Medical and sanitary report of the native army of Bengal for the year
Year: 1875
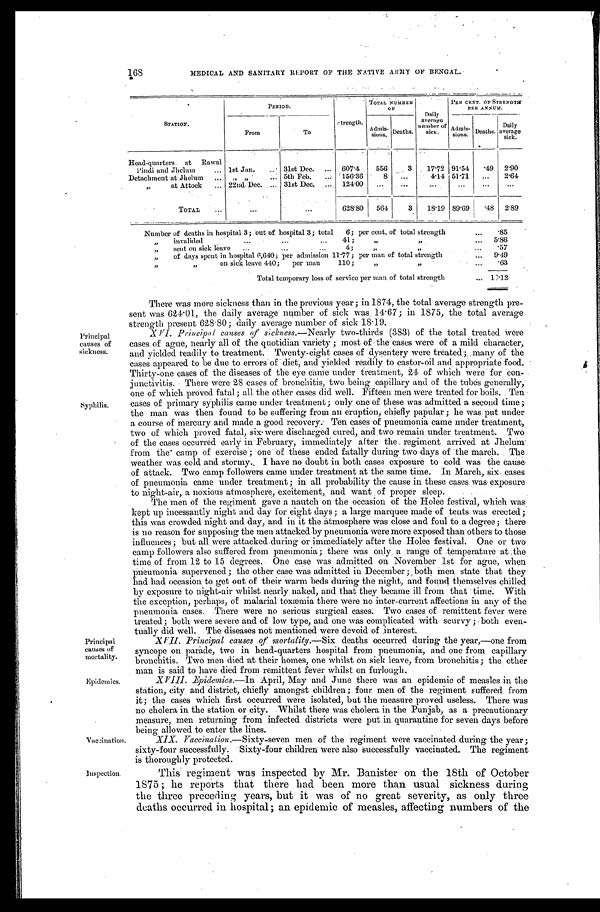
Principal
causes of
mortality.
Epidemics
168
MEDICAL AND SANITARY REPORT OF THE NATIVE ARMY OF BENGAL.
PERIOD.
S t r e n g t h .
TOTAL NUMBER
OF
Daily
average
number of
s i c k .
PER CENT. OF STRENGTH
PER ANNUM.
STATION.
From
To
Admis-
s i o n s . Deaths.
A d m i s s i o n s .
Deaths.
Daily
average
sick.
Head-quarters at Rawal
Pindi and Jhelum
... 1st Jan.
...
31st Dec.
...
607.4
556
3
17.72 91.54
.49 2.90
Detachment at Jhelum
...
„ „
... 5th Feb.
...
156.36
8
...
4.14 51.71
...
2.64
' ' a t A t t o c k ... 22nd.Dec. ... 31st Dec. ... 124.00
...
... ... ... ... ...
TOTAL
...
...
...
628.80
5 6 4
3
18.19 89.69
.48 2.89
Number of deaths in hospital 3 ; out of hospital 3 ; total
6 ; per cent. of total strength
...
.85
, , i n v a l i d e d
... ... ...
41 ;
, ,
, ,
...
5.86
,, sent on sick leave ...
...
...
4 ;
„
, ,
...
.57
,, of days spent in hospital 6,640 ; per admission 11.77 ; per man of total strength
...
9.49
,,
,,
on sick leave 440 ;
per man
110 ;
„
, ,
...
.63
Total temporary loss of service per man of total strength
...
10.12
There was more sickness than in the previous year; in 1874, the total average strength pre-
sent was 624.01, the daily average number of sick was 14 . 67; in 1875, the total average
strength present 628.80 ; daily average number of sick 18.19.
Principal
causes of
sickness.
Syphilis.
Vaccination
inspection.
XVI . Principal causes of sickness. —N e a r l y
t w o - t h i r d s ( 3 8 3 ) o f t h e t o t a l t r e a t e d w e r e
cases of ague, nearly all of the quotidian variety ; most of the cases were of a mild character,
and yielded readily to . treatment. Twenty-eight cases of dysentery were treated; many of the
cases appeared to be due to errors of diet, and yielded 'readily to castor-oil and appropriate food.
Thirty-one cases of the diseases of the eye clime under treatment, 24 of which Were for con-
junetivitis. There were 28 cases of bronchitis, two being capillary and of the tubes generally,
one of which proved fatal; all the other cases did well. Fifteen . men were treated for boils. Ten
cases of primary syphilis came under treatment; only one of these was admitted a second time;
the man was then found to be suffering from an eruption, chiefly papular ; he was put under
a course of mercury and made a good recovery. Ten cases of pneumonia came under treatment,
two of which proved fatal, six-were discharged cured, and two remain under treatment. Two
of the cases occurred early in February, immediately after the regiment arrived at Jhelum
from the camp of exercise; one of these ended fatally during two days of the march. The
weather was cold and stormy. I have no doubt in both cases exposure to cold was the cause
of attack. Two camp followers came under treatment at the same time. In March, six cases
of pneumonia came under treatment ; in all probability the cause in these cases was, exposure
to night-air, a noxious atmosphere, excitement, and want of proper sleep.
The men of the regiment gave a nautch on the occasion of the Holee festival, which was
kept up incessantly night and day for eight days ; a large marquee made of tents was erected ;
this was crowded night and day, and in it the atmosphere was close and foul to a degree ; there
is no reason for supposing the men attacked by pneumonia were more exposed than others to those
influences ; but all were attacked during or immediately after the Holee festival. One or two
camp followers also suffered from pneumonia ; there was only a range of temperature at the
time of from 12 to 15 degrees. One case was admitted on November 1st for ague, when
pneumonia supervened ; the other case was admitted in December ; both men state that they
had had occasion to get out of their warm beds during the night, and found themselves chilled
by exposure to night-air whilst nearly naked, and that they became ill from that time. With
the exception, perhaps, of malarial toxemia there were no inter-current affections in any of the
pneumonia cases. There were no serious surgical cases. Two cases of remittent fever were
treated ; both were severe and of low type, and one was complicated with scurvy ; both even-
-tually did well. The diseases not mentioned were devoid of interest.
XVII. Principal causes. of mortality.— Six deaths occurred during the year,—one from
syncope on parade, two in head-quarters hospital from pneumonia, and one from capillary
bronchitis. Two men died at their homes, one whilst on sick leave, from bronchitis ; the other
man is said to have died from remittent fever whilst on furlough.
XVIII. Epidemics.—In April, May and. June there was an epidemic of measles in the
station, city. and district, chiefly amongst children; four men of the regiment suffered from
it; the cases which first occurred were isolated, but the measure proved useless. There was
no cholera in the station or city. Whilst there was cholera in the Punjab, as a precautionary
measure, men returning from infected districts were put in quarantine for seven days before
being allowed to enter the lines.
XIX. Vaccination.— Sixty -seven men of the regiment were vaccinated during the year;
sixty-four successfully. Sixty-four children were also successfully vaccinated. The regiment
is thoroughly protected.
This regiment was inspected by Mr. Banister on the 18th of October
1875 ; he reports that there had been more than usual sickness during
the three preceding years, but it was of no great severity, as only three
deaths occurred in hospital; an epidemic of measles, affecting numbers of the